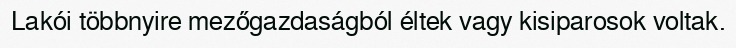
Lakói többnyire mezőgazdaságból éltek vagy kisiparosok voltak.